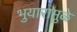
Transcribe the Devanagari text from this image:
भुयारामुळे